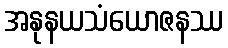
အနုနယသံယောဇနဿ